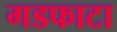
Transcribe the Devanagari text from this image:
गडफाटा